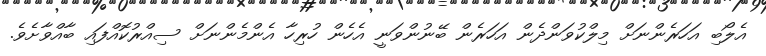
އެލޯބި އަހަރެންނަށް މިލްކުވަންދެން އަހަރެން ބޭނުންވަނީ އެހެން ހުރިހާ އެންމެންނަށް ސިއްރުކޮއްފައި ބާއްވާށެވެ.